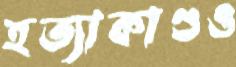
হত্যাকাণ্ডও